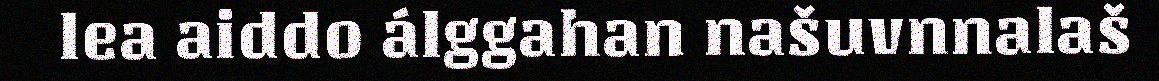
lea aiddo álggahan našuvnnalaš